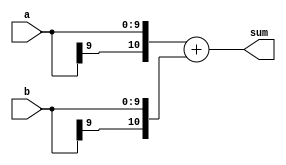
//HW2 part 1
//10-bit adder (11-bit output). Use "+" in verilog

`timescale 1ns/10ps

module block_d (
    input [9:0] a,
    input [9:0] b,
    output [10:0] sum
    );

    assign sum = {a[9], a} + {b[9], b};

endmodule